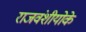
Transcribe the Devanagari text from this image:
राजवंशीयोके